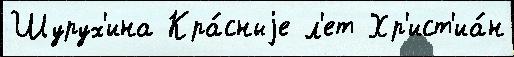
Шурух'ина Кра́сныjе л'ет Хр'ист'иа́н